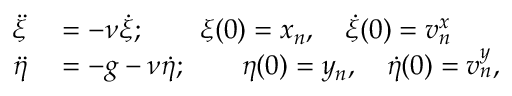
\begin{array} { r l } { \ddot { \xi } } & { { } = - \nu \dot { \xi } ; \qquad \xi ( 0 ) = x _ { n } , \quad \dot { \xi } ( 0 ) = v _ { n } ^ { x } } \\ { \ddot { \eta } } & { { } = - g - \nu \dot { \eta } ; \qquad \eta ( 0 ) = y _ { n } , \quad \dot { \eta } ( 0 ) = v _ { n } ^ { y } , } \end{array}